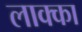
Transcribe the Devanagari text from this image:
लाक्का